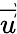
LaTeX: \overrightarrow{u}